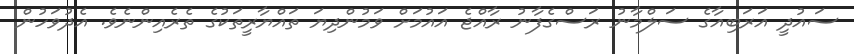
ސައުދީ އަރަބިއާގެ ސަލްމާނު ރަސްގެފާނު ރާއްޖެ އައުމަށް ވަމުންދިޔަ ތައްޔާރީތަކުގެ ތެރެއިންނެވެ. އެދުވަހުން